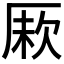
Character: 𠩼